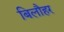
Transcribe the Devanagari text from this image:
बिलौहर